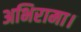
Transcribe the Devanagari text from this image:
अभिरामा।